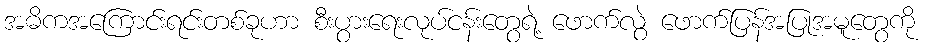
အဓိကအကြောင်းရင်းတစ်ခုဟာ စီးပွားရေးလုပ်ငန်းတွေရဲ့ ဖောက်လွဲ ဖောက်ပြန်အပြုအမူတွေကို